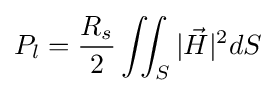
P_{l}={\frac {R_{s}}{2}}\iint _{S}|{\vec {H}}|^{2}dS